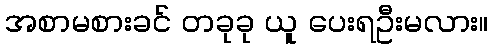
အစာမစားခင် တခုခု ယူ ပေးရဦးမလား။